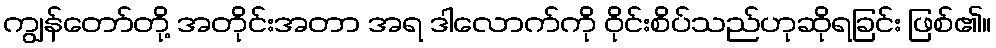
ကျွန်တော်တို့ အတိုင်းအတာ အရ ဒါလောက်ကို ဝိုင်းစိပ်သည်ဟုဆိုရခြင်း ဖြစ်၏။